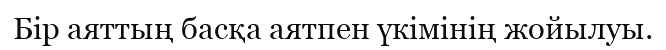
Бір аяттың басқа аятпен үкімінің жойылуы.